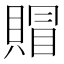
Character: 賵